画像に写った文字を読んでください
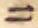
「ニ」と書いてあります